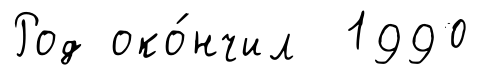
Род око́нчил 1990